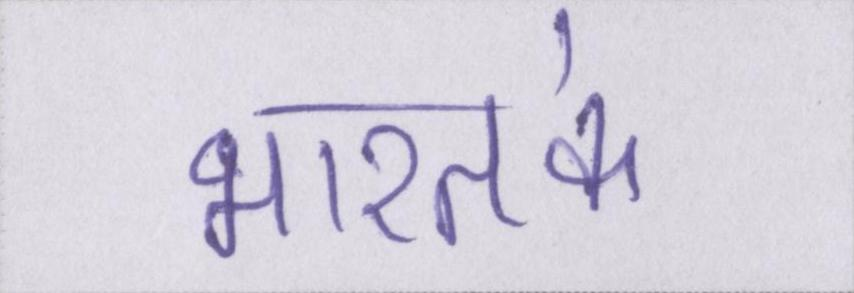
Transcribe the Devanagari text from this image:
भारतके